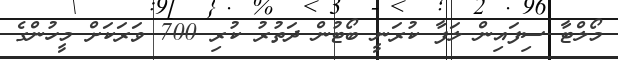
މޯލްޓާ ސިފައިން ލަފާ ކުރަނީ ބޯޓުން ދަތުރު ކުރި 700 ވަރަކަށް މީހުންގެ